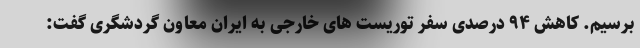
برسیم. کاهش ۹۴ درصدی سفر توریست های خارجی به ایران معاون گردشگری گفت: